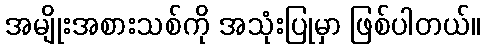
အမျိုးအစားသစ်ကို အသုံးပြုမှာ ဖြစ်ပါတယ်။